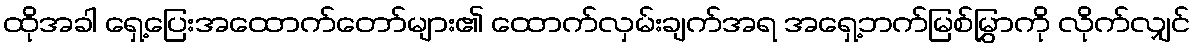
ထိုအခါ ရှေ့ပြေးအထောက်တော်များ၏ ထောက်လှမ်းချက်အရ အရှေ့ဘက်မြစ်မြွှာကို လိုက်လျှင်